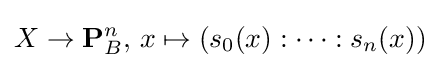
X\to \mathbf {P} _{B}^{n},\,x\mapsto (s_{0}(x):\dots :s_{n}(x))